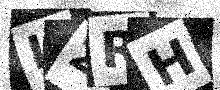
Text: I2RH